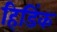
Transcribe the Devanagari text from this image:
हिडिंक